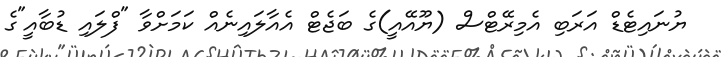
ޔުނައިޓެޑް އަރަބި އެމިރޭޓްސް (ޔޫއޭއީ)ގެ ބަޖެޓް އެއާލައިނެއް ކަމަށްވާ "ފްލައި ޑުބާއީ"ގެ